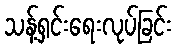
သန့်ရှင်းရေးလုပ်ခြင်း